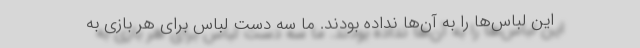
این لباس‌ها را به آن‌ها نداده بودند. ما سه دست لباس برای هر بازی به